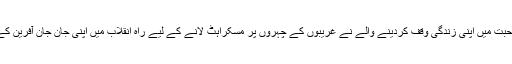
یوں وطن کی محبت میں اپنی زندگی وقف کردینے والے نے غریبوں کے چہروں پر مسکراہٹ لانے کے لیے راہِ انقلاب میں اپنی جان جانِ آفرین کے سپرد کر دی۔